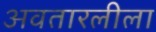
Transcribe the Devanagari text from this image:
अवतारलीला